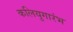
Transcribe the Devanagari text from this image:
कलियुगारंभ